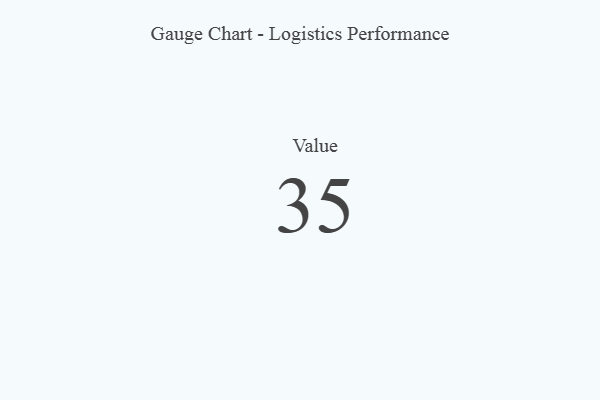
{"axis": {"x": "Metric", "y": "Value"}, "legend": [""], "data": [{"x": "Value", "y": 35, "type": ""}]}